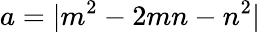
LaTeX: a=|m^{2}-2mn-n^{2}|